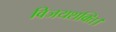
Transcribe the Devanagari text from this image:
विजयशक्ति।